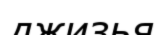
джизья